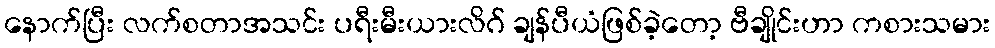
နောက်ပြီး လက်စတာအသင်း ပရီးမီးယားလိဂ် ချန်ပီယံဖြစ်ခဲ့တော့ ဗီချိုင်းဟာ ကစားသမား